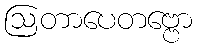
ဩတာပေတဗ္ဗော